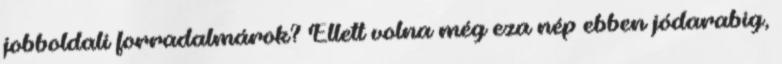
jobboldali forradalmárok? Ellett volna még eza nép ebben jódarabig,